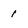
Character: 1